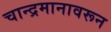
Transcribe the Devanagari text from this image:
चान्द्रमानावरून